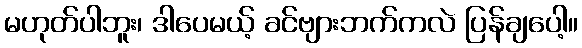
မဟုတ်ပါဘူး၊ ဒါပေမယ့် ခင်ဗျားဘက်ကလဲ ပြန်ချပေါ့။